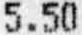
5.50